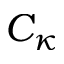
C _ { \kappa }